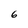
Character: 6